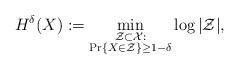
LaTeX: \begin{align*}H^{\delta}(X) := \min_{\substack{{\cal Z} \subset {\cal X} : \\\Pr \{ X \in {\cal Z} \} \geq 1-\delta}} \log |{\cal Z}|, \end{align*}